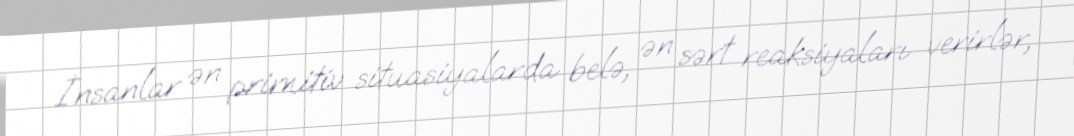
İnsanlar ən primitiv situasiyalarda belə, ən sərt reaksiyaları verirlər,